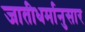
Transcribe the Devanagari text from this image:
जातीधर्मानुसार